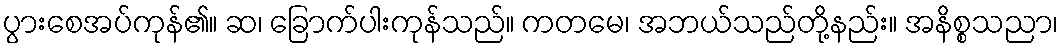
ပွားစေအပ်ကုန်၏။ ဆ၊ ခြောက်ပါးကုန်သည်။ ကတမေ၊ အဘယ်သည်တို့နည်း။ အနိစ္စသညာ၊